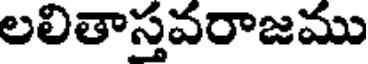
లలితాస్తవరాజము